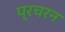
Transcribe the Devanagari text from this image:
प्रचरन